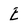
Character: E